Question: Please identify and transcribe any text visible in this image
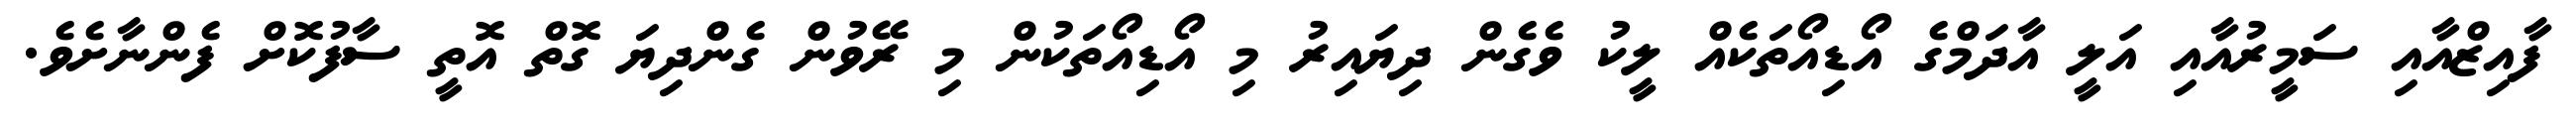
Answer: ފާއިޒްއާއި ސަމީރުއާއި އަލީ އާދަމްގެ އޯޑިއޯތަކެއް ލީކު ވެގެން ދިޔައިރު މި އޯޑިއޯތަކުން މި ރޭވުން ގެންދިޔަ ގޮތް އޮތީ ސާފުކޮށް ފެންނާށެވެ.